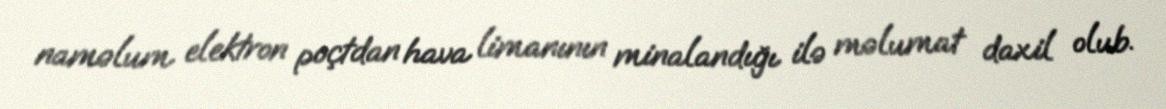
naməlum elektron poçtdan hava limanının minalandığı ilə məlumat daxil olub.